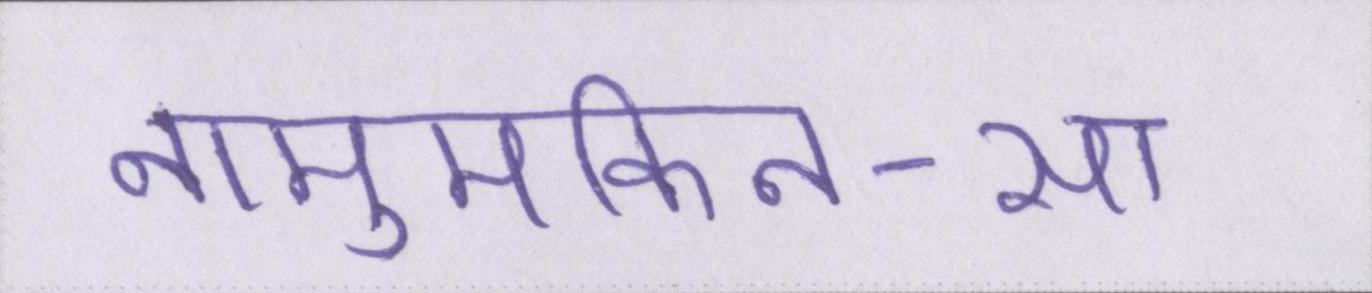
नामुमकिन-सा